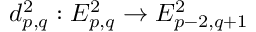
d _ { p , q } ^ { 2 } : E _ { p , q } ^ { 2 } \to E _ { p - 2 , q + 1 } ^ { 2 }